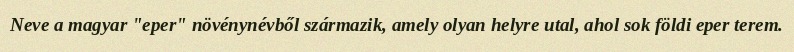
Neve a magyar "eper" növénynévből származik, amely olyan helyre utal, ahol sok földi eper terem.